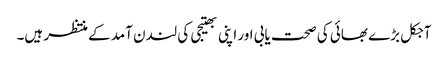
آجکل بڑے بھائی کی صحت یابی اور اپنی بھتیجی کی لندن آمد کے منتظر ہیں۔